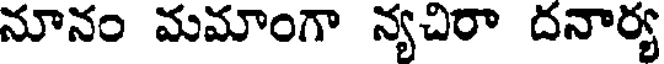
నూనం మమాంగా న్యచిరా దనార్య